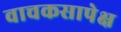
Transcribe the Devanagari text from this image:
वाचकसापेक्ष